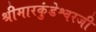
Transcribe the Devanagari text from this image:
श्रीमारकुंडेश्वरजी